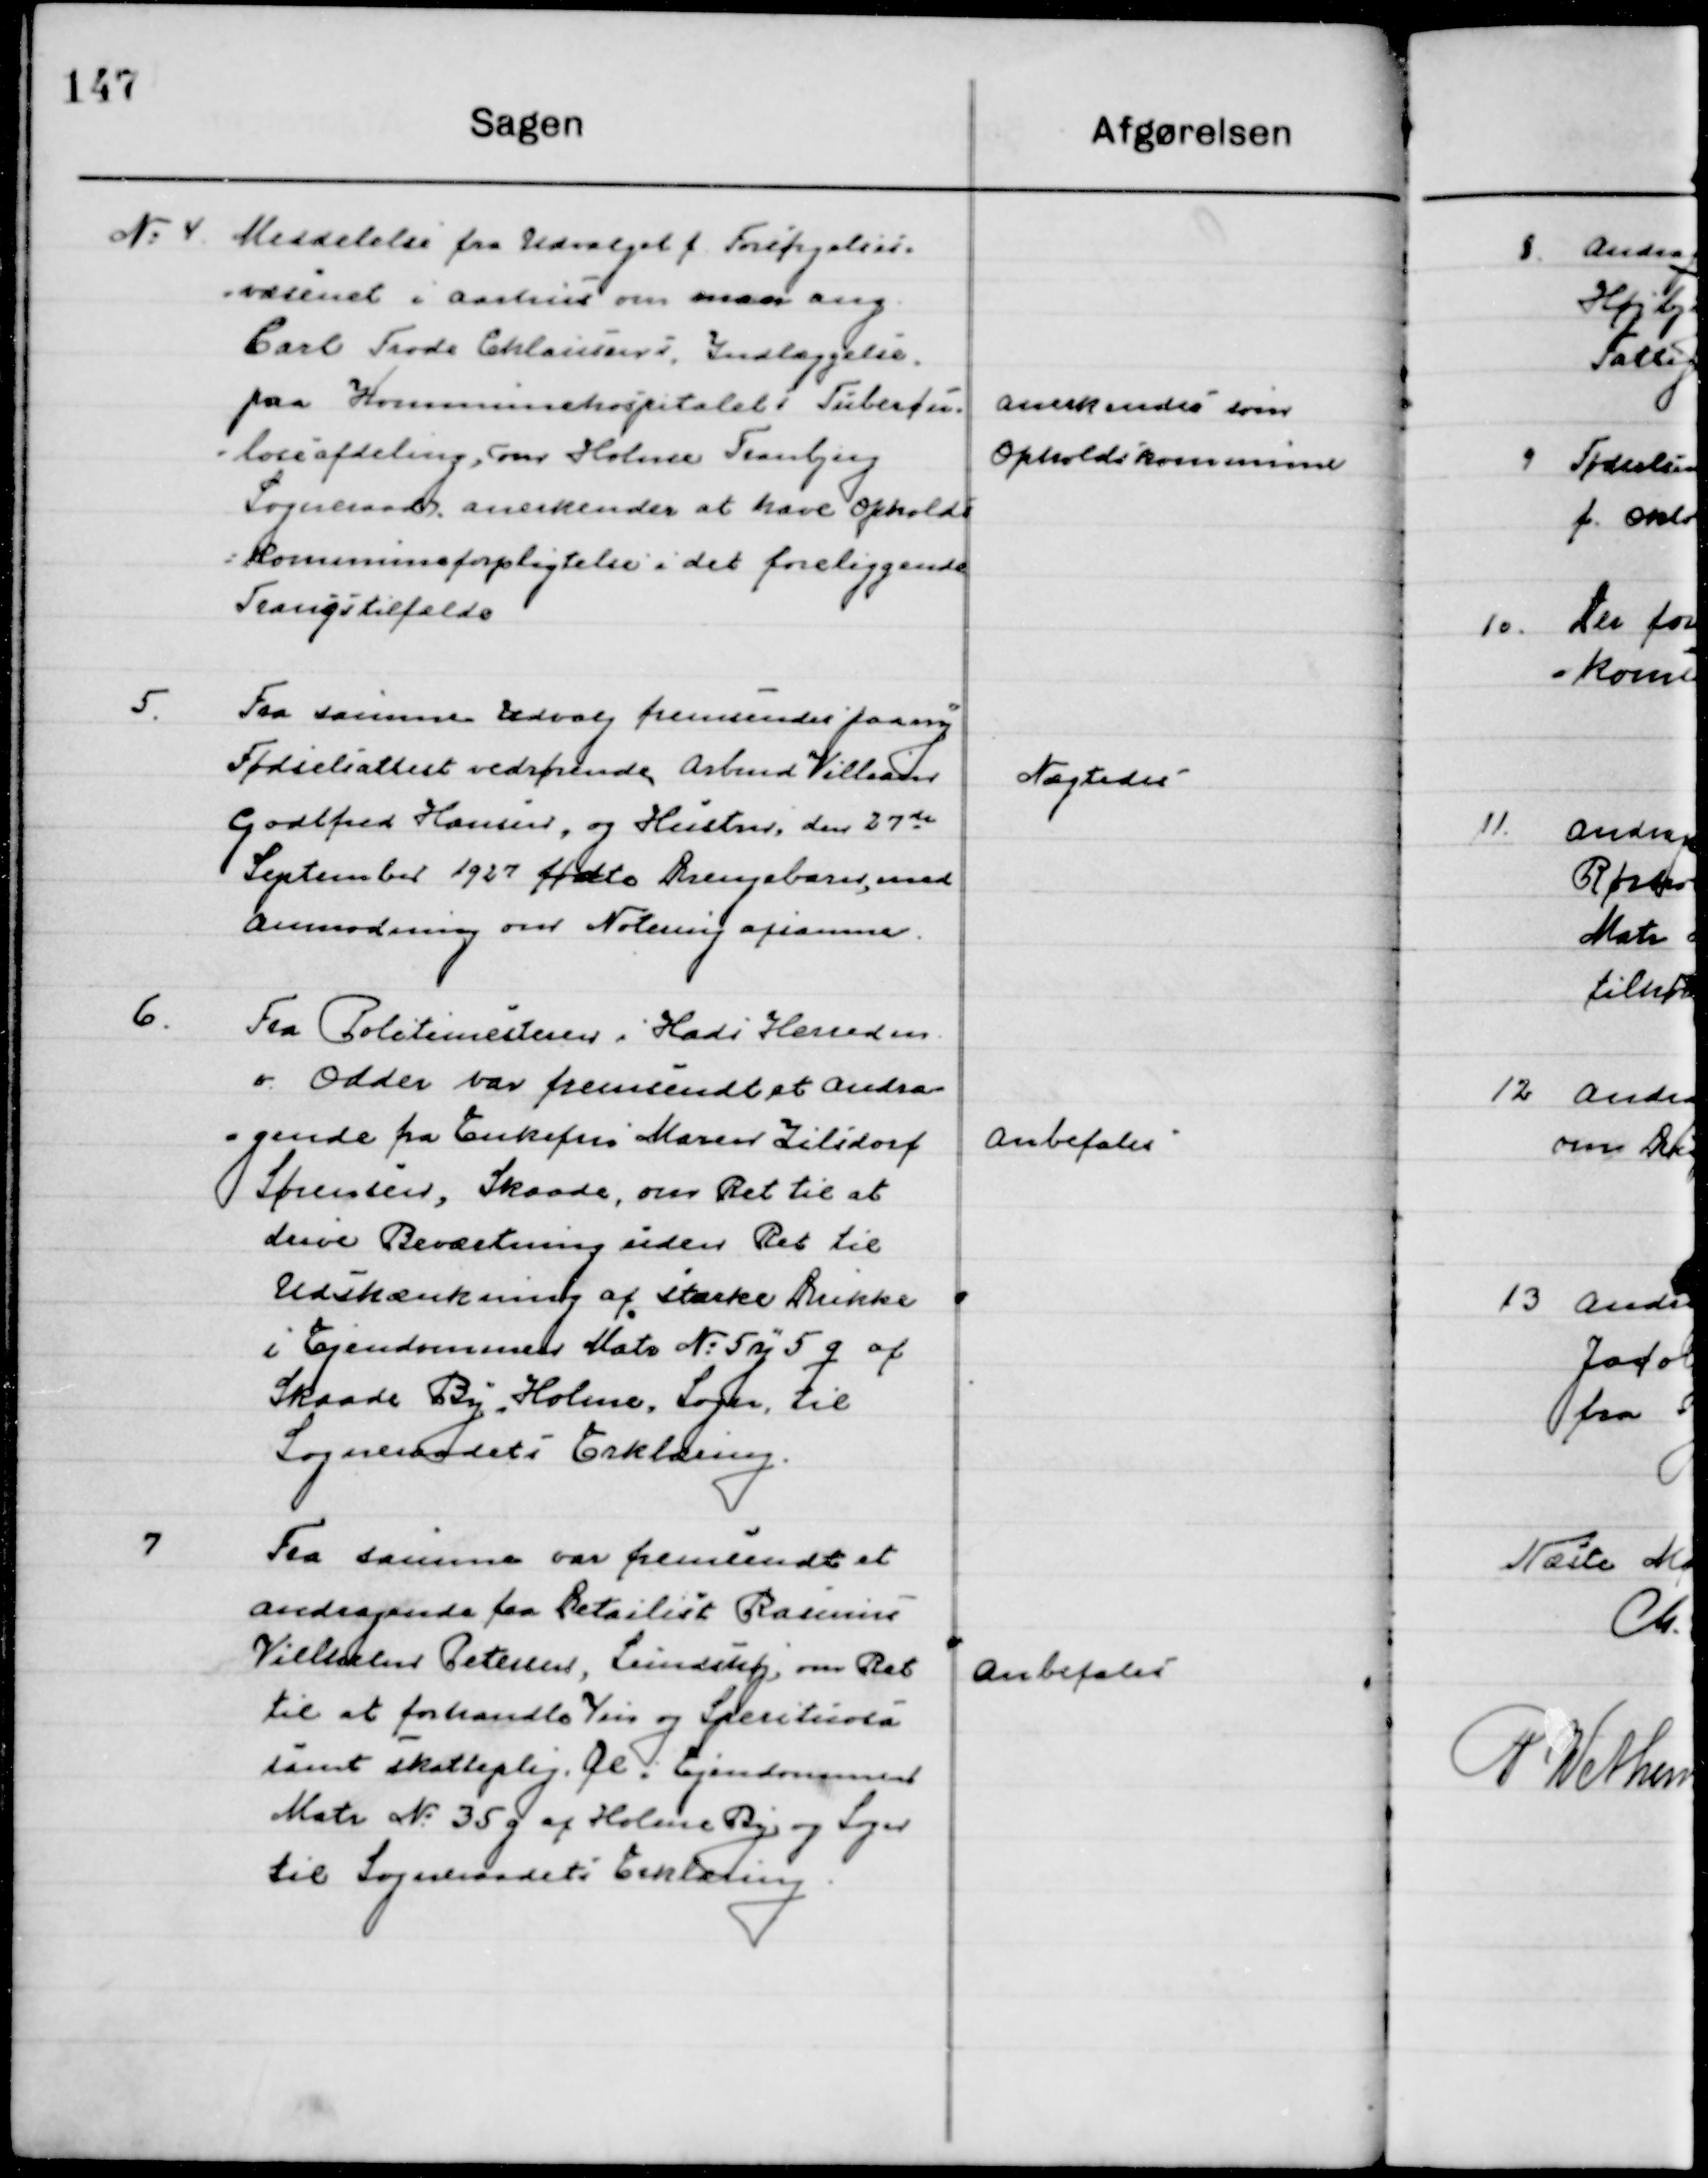
Transskription:
4

Meddelelse fra Udvalget f. forsørgelses-
væsenet i Aarhus om man ang.
Carl Frode Chlausens, Indlæggelse
paa Kommunehospitalet Tuberko-
lose afdeling, om Holme Tranbjerg
sogneraades anerkendelse at have Opholdt
i Kommuneforpligtelse i det foreliggende
Tvangstilfælde

Anerkendes som
Opholdskommune

5

Fra samme Udvalg fremsendes paany
Fødselsattest vedrørende Arbmd. Villiam
Godtfred Hansen, og Hustru, den 27de  
September 1927 fødte Drengebarn med 
Anmodning om Notering af samme.

Nægtes

6

Fra Politimesteren i Hads Herreders
v. Odder var fremsendt et andra-
gende fra Enkefrue Maren Lilidorf
Sørensen, Skaade om ret til at 
drive Beværtning siden Ret til 
Udskænkning af stærke Drikke 
i Ejendommen Matr. Nr. 5 y 5 g af 
Skaade By, Holme Sogn, til 
Sogneraadets Erklæring.

Anbefales

7

Fra samme var fremsendt er
Andragende fra Detaillist Rasmus
Vilhelm Petersen Lundshøj, om Ret
til at forhandle Vin og Spirituosa 
samt skattepligt. Øl, Ejendommen
Matr. No. 35 g af Holme By og Sogn
til Sogneraadets Erklæring.

Anbefales